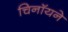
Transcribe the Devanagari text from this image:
चिनॉयने